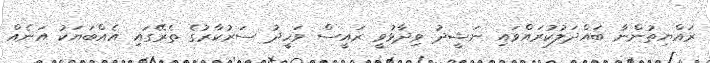
ރައްޔިތުންނާ ބައްދަލުކުރައްވައި ނަޝީދު ވިދާޅުވީ ރައީސް ވަހީދު ސަރުކާރުގެ ތެރޭގައި އެއްބަޔަކު އަނެއް